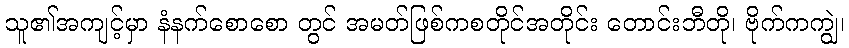
သူ၏အကျင့်မှာ နံနက်စောစော တွင် အမတ်ဖြစ်ကစတိုင်အတိုင်း တောင်းဘီတို၊ ဗိုက်ကကျွဲ၊